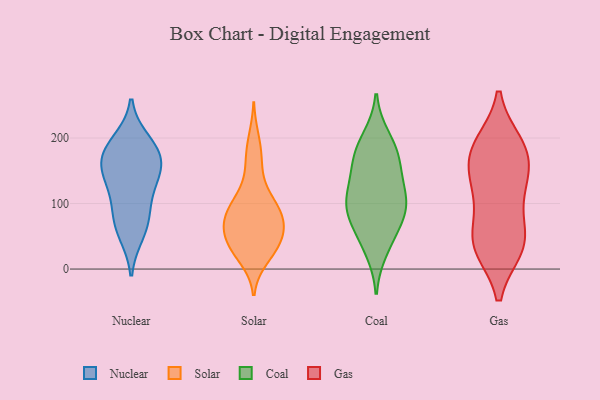
{"axis": {"x": "Net Income (USD K)", "y": "Value"}, "legend": ["Coal", "Gas", "Nuclear", "Solar"], "data": [{"x": "", "y": 86, "type": "Nuclear"}, {"x": "", "y": 55, "type": "Nuclear"}, {"x": "", "y": 127, "type": "Nuclear"}, {"x": "", "y": 174, "type": "Nuclear"}, {"x": "", "y": 134, "type": "Nuclear"}, {"x": "", "y": 179, "type": "Nuclear"}, {"x": "", "y": 151, "type": "Nuclear"}, {"x": "", "y": 169, "type": "Nuclear"}, {"x": "", "y": 194, "type": "Nuclear"}, {"x": "", "y": 72, "type": "Nuclear"}, {"x": "", "y": 99, "type": "Solar"}, {"x": "", "y": 35, "type": "Solar"}, {"x": "", "y": 172, "type": "Solar"}, {"x": "", "y": 78, "type": "Solar"}, {"x": "", "y": 114, "type": "Solar"}, {"x": "", "y": 29, "type": "Solar"}, {"x": "", "y": 105, "type": "Solar"}, {"x": "", "y": 17, "type": "Solar"}, {"x": "", "y": 69, "type": "Solar"}, {"x": "", "y": 94, "type": "Solar"}, {"x": "", "y": 80, "type": "Solar"}, {"x": "", "y": 66, "type": "Solar"}, {"x": "", "y": 198, "type": "Solar"}, {"x": "", "y": 36, "type": "Solar"}, {"x": "", "y": 29, "type": "Solar"}, {"x": "", "y": 68, "type": "Solar"}, {"x": "", "y": 47, "type": "Solar"}, {"x": "", "y": 63, "type": "Solar"}, {"x": "", "y": 155, "type": "Solar"}, {"x": "", "y": 29, "type": "Coal"}, {"x": "", "y": 99, "type": "Coal"}, {"x": "", "y": 200, "type": "Coal"}, {"x": "", "y": 173, "type": "Coal"}, {"x": "", "y": 93, "type": "Coal"}, {"x": "", "y": 157, "type": "Coal"}, {"x": "", "y": 92, "type": "Coal"}, {"x": "", "y": 149, "type": "Coal"}, {"x": "", "y": 68, "type": "Coal"}, {"x": "", "y": 112, "type": "Coal"}, {"x": "", "y": 112, "type": "Coal"}, {"x": "", "y": 51, "type": "Coal"}, {"x": "", "y": 184, "type": "Coal"}, {"x": "", "y": 44, "type": "Gas"}, {"x": "", "y": 36, "type": "Gas"}, {"x": "", "y": 113, "type": "Gas"}, {"x": "", "y": 56, "type": "Gas"}, {"x": "", "y": 33, "type": "Gas"}, {"x": "", "y": 190, "type": "Gas"}, {"x": "", "y": 186, "type": "Gas"}, {"x": "", "y": 139, "type": "Gas"}, {"x": "", "y": 184, "type": "Gas"}, {"x": "", "y": 174, "type": "Gas"}, {"x": "", "y": 150, "type": "Gas"}, {"x": "", "y": 33, "type": "Gas"}, {"x": "", "y": 113, "type": "Gas"}]}